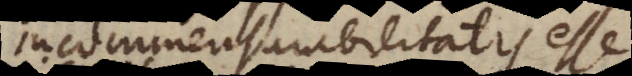
incommensurabilitatis 13)